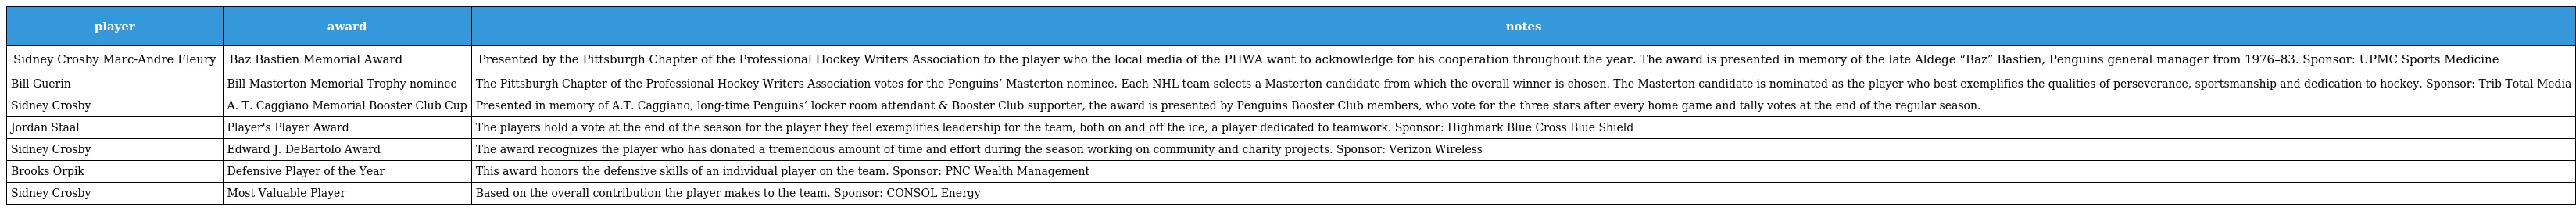
| player | award | notes |
 | --- | --- | --- |
 | Sidney Crosby Marc-Andre Fleury | Baz Bastien Memorial Award | Presented by the Pittsburgh Chapter of the Professional Hockey Writers Association to the player who the local media of the PHWA want to acknowledge for his cooperation throughout the year. The award is presented in memory of the late Aldege “Baz” Bastien, Penguins general manager from 1976–83. Sponsor: UPMC Sports Medicine |
 | Bill Guerin | Bill Masterton Memorial Trophy nominee | The Pittsburgh Chapter of the Professional Hockey Writers Association votes for the Penguins’ Masterton nominee. Each NHL team selects a Masterton candidate from which the overall winner is chosen. The Masterton candidate is nominated as the player who best exemplifies the qualities of perseverance, sportsmanship and dedication to hockey. Sponsor: Trib Total Media |
 | Sidney Crosby | A. T. Caggiano Memorial Booster Club Cup | Presented in memory of A.T. Caggiano, long-time Penguins’ locker room attendant & Booster Club supporter, the award is presented by Penguins Booster Club members, who vote for the three stars after every home game and tally votes at the end of the regular season. |
 | Jordan Staal | Player's Player Award | The players hold a vote at the end of the season for the player they feel exemplifies leadership for the team, both on and off the ice, a player dedicated to teamwork. Sponsor: Highmark Blue Cross Blue Shield |
 | Sidney Crosby | Edward J. DeBartolo Award | The award recognizes the player who has donated a tremendous amount of time and effort during the season working on community and charity projects. Sponsor: Verizon Wireless |
 | Brooks Orpik | Defensive Player of the Year | This award honors the defensive skills of an individual player on the team. Sponsor: PNC Wealth Management |
 | Sidney Crosby | Most Valuable Player | Based on the overall contribution the player makes to the team. Sponsor: CONSOL Energy |